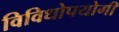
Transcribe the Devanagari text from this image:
विविधोपयोगी